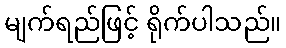
မျက်ရည်ဖြင့် ရိုက်ပါသည်။